Leaving Certificate Examination, 1904
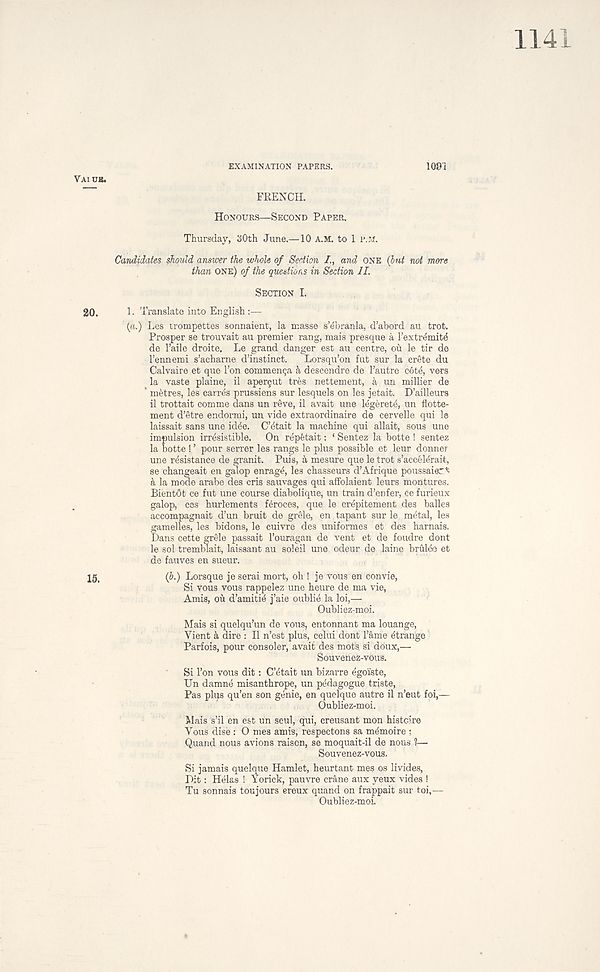
1141
VAI UB.
EXAMINATION PAPERS.
109']
FRENCH.
HONOURS—SECOND PAPER.
Thursday, 30th June.—10 A.M. to 1 P.M.
Candidates should answer the whole of Section I., and ONE (hut not more
than ONE) of the questions in Section II.
SECTION I.
20.
1. Translate into English
(a.) Les trompettes sonnaient, la masse s’ebranla, d’abord au trot.
Prosper se trouvait au premier rang, mais presque a l’extremit4
de 1’aile droite. Le grand danger est au centre, ou le tir de
I’ennemi s’acharne d’instinct.
Lorsqu’on fut sur la Crete du
Calvaire et que Ton commen^a k descendre de 1’autre c6t<i, vers
la vaste plaine, ii aper§ut tres nettement, a un millier de
" metres, les carres prussiens sur lesquels on les jetait. D’ailleurs
il trottait comme dans un reve, il avait une legerete, un flotte-
ment d’etre endormi, un vide extraordinaire de cervelle qui 1@
laissait sans une id4e. C’etait la machine qui allait, sous une
impulsion irresistible. On repetait: ‘ Sentez la botte ! sentez
la botte !.’ pour serrer les rangs le plus possible et leur donner
une resistance de granit. Puis, k mesure que le trot s’accel^rait,
se changeait en galop enrage, les chasseurs d’Afrique poussaier^
a la mode arabe des cris sauvages qui affolaient leurs montures.
BientOt ce fut une course diabolique, un train d’enfer, ce furieux
galop, ces hurlements feroces, que le cr^pitement des balles
accompagnait d’un bruit de grele, en tapant sur le metal, les
gamelles, les bidons, le cuivre des uniformes et des harnais.
Dans cette grele passait 1’ouragan de vent et de foudre dont
le sol tremblait, laissant au soleil une odeur de laine brulee et
de fauves en sueur.
15>
(b.) Lorsque je serai mort, oh ! je vous en convie,
Si vous vous rappelez une heure de ma vie,
Amis, ou d’amitili j’aie oublie la loi,—
Oubliez-moi.
Mais si quelqu’un de vous, entonnant ma louange,
Vient k dire : Il n’est plus, celui dont Tame Strange
Parfois, pour consoler, avait des mots, si doux,—
Souvenez-vous.
Si Ton vous dit: C’etait un bizarre egoiste,
Un damne misanthrope, un pedagogue triste,
Pas plus qu’en son genie, en quelque autre il n’eut foi,—
Oubliez-moi.
Mais s’il en est un seul, qui, creusant mon histcire
Vous dise : O mes amis, respectons sa memoire ;
Quand nous avions raison, se moquait-il de nous 1—
Souvenez-vous.
Si jamais quelque Hamlet, heurtant mes os livides,
Dit: Helas ! Yorick, pauvre crane aux yeux vides !
Tu sonnais toujours creux quand on frappait sur toi,—
Oubliez-moi.